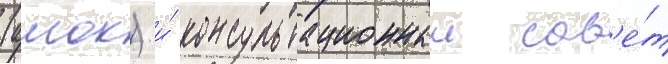
(амок) и́ консультационныи сов'е́т